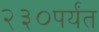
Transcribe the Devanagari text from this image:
२३०पर्यंत